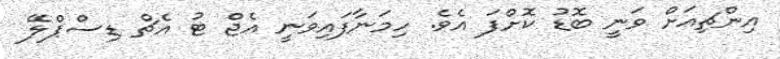
އިންޗިއަށް ވަނީ ބޮޑު ކޮށްފަ އެވެ. ހިމަނާފައިވަނީ އެޖް ޓު އެޗް ޑިސްޕްލޭ